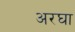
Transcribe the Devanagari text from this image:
अरघा